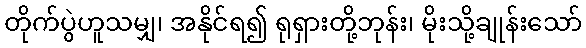
တိုက်ပွဲဟူသမျှ၊ အနိုင်ရ၍ ရုရှားတို့ဘုန်း၊ မိုးသို့ချုန်းသော်